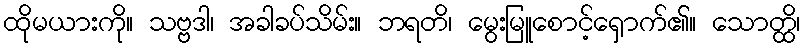
ထိုမယားကို။ သဗ္ဗဒါ၊ အခါခပ်သိမ်း။ ဘရတိ၊ မွေးမြူစောင့်ရှောက်၏။ သောတ္ထိ၊